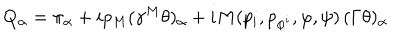
LaTeX: Q _ { \alpha } = \pi _ { \alpha } + i p _ { M } ( \gamma ^ { M } \theta ) _ { \alpha } + i M ( p _ { i } , p _ { \varphi ^ { i } } , \varphi , \psi ) \, ( \Gamma \theta ) _ { \alpha } \,